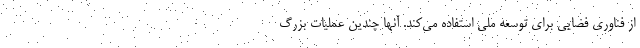
از فناوری فضایی برای توسعه ملی استفاده می‌کند. آنها چندین عملیات بزرگ